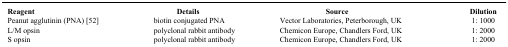
<table><thead><tr><td><b>Reagent</b></td><td><b>Details</b></td><td><b>Source</b></td><td><b>Dilution</b></td></tr></thead><tbody><tr><td>Peanut agglutinin (PNA) [52]</td><td>biotin conjugated PNA</td><td>Vector Laboratories, Peterborough, UK</td><td>1: 1000</td></tr><tr><td>L/M opsin</td><td>polyclonal rabbit antibody</td><td>Chemicon Europe, Chandlers Ford, UK</td><td>1: 2000</td></tr><tr><td>S opsin</td><td>polyclonal rabbit antibody</td><td>Chemicon Europe, Chandlers Ford, UK</td><td>1: 2000</td></tr></tbody></table>